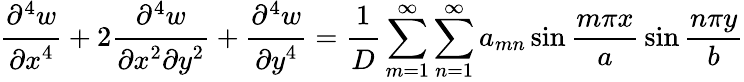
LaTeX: {\cfrac{\partial^{4}w}{\partial x^{4}}}+2{\cfrac{\partial^{4}w}{\partial x^{2}\partial y^{2}}}+{\cfrac{\partial^{4}w}{\partial y^{4}}}={\cfrac{1}{D}}\sum_{m=1}^{\infty}\sum_{n=1}^{\infty}a_{mn}\sin{\frac{m\pi x}{a}}\sin{\frac{n\pi y}{b}}